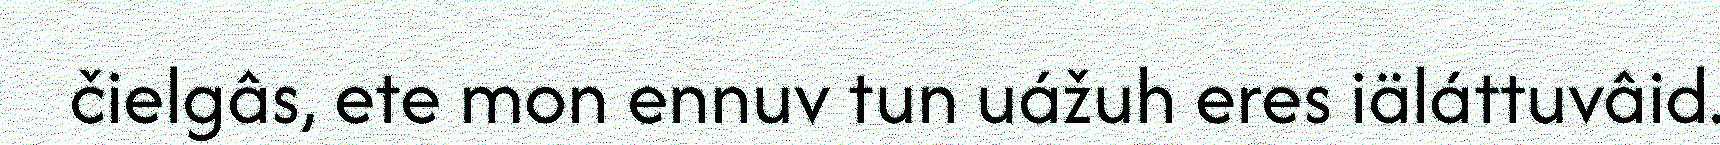
čielgâs, ete mon ennuv tun uážuh eres iäláttuvâid.